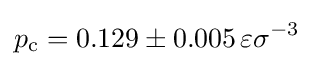
p_{\mathrm {c} }=0.129\pm 0.005\,\varepsilon \sigma ^{-3}